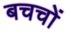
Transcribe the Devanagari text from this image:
बचचों